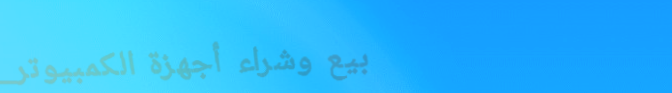
بيع وشراء أجهزة الكمبيوتر